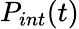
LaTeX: P_{int}(t)